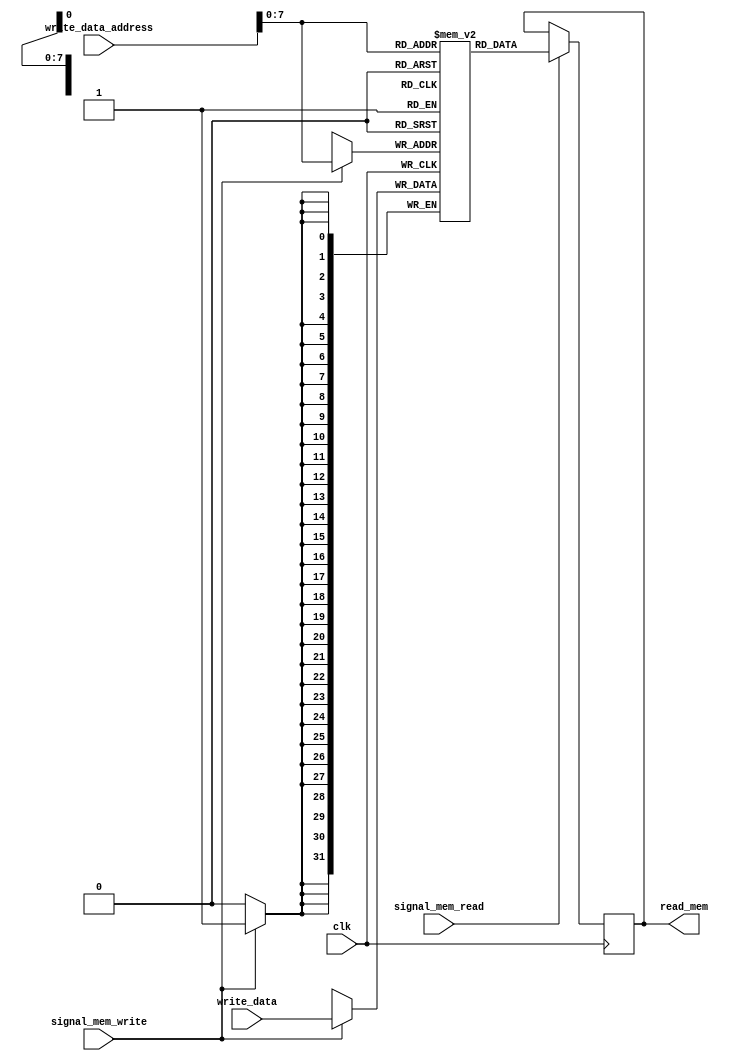
module mips_memory
( write_data_address, write_data, read_mem, signal_mem_write, signal_mem_read, clk );

	output reg [31:0] read_mem;
	input [31:0] write_data_address, write_data;
	input signal_mem_write, signal_mem_read, clk;
	
	reg [31:0] memory [255:0];

	always @(posedge clk)			// While clock is posedge do below.
	begin
		if( signal_mem_read == 1'b1 )	// If signal read is 1 then do below.
		begin
			read_mem <= memory[write_data_address];	// Read into read_mem content from memory[write_data_address].
		end
		if( signal_mem_write == 1'b1 )	// If signal write is 1 then do below.
		begin
			memory[write_data_address] <= write_data;	// Write write_data content to memory[write_data_address].
		end
	end
	
endmodule